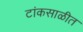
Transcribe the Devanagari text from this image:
टांकसाळीत